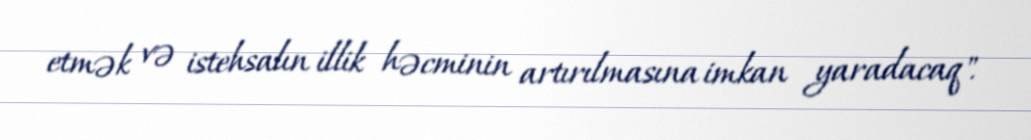
etmək və istehsalın illik həcminin artırılmasına imkan yaradacaq".